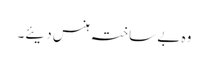
وہ بے ساختہ ہنس دیئے۔